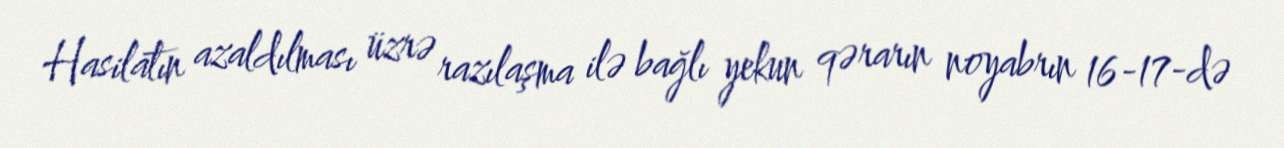
Hasilatın azaldılması üzrə razılaşma ilə bağlı yekun qərarın noyabrın 16-17-də